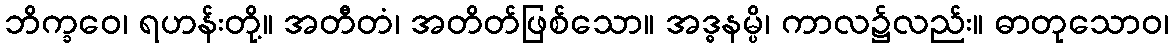
ဘိက္ခဝေ၊ ရဟန်းတို့။ အတီတံ၊ အတိတ်ဖြစ်သော။ အဒ္ဓနမ္ပိ၊ ကာလ၌လည်း။ ဓာတုသောဝ၊